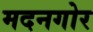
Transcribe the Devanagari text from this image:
मदनगोर